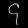
Digit: ၄